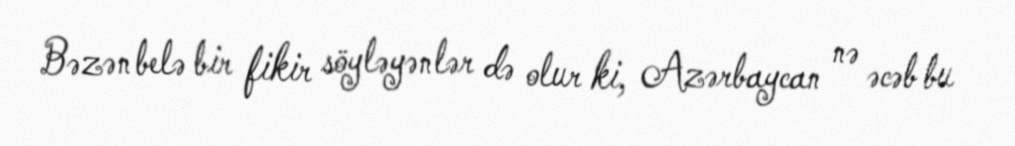
Bəzən belə bir fikir söyləyənlər də olur ki, Azərbaycan nə əcəb bu